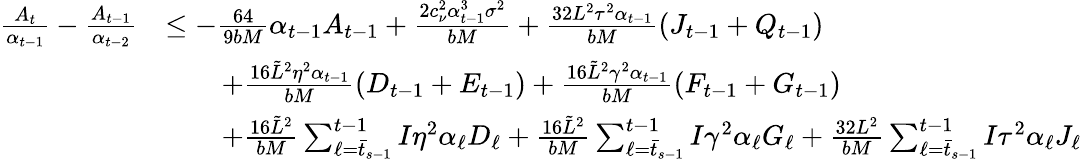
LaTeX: \begin{array}{rl}{\frac{A_{t}}{\alpha_{t-1}}-\frac{A_{t-1}}{\alpha_{t-2}}}&{\leq-\frac{64}{9bM}\alpha_{t-1}A_{t-1}+\frac{2c_{\nu}^{2}\alpha_{t-1}^{3}\sigma^{2}}{bM}+\frac{32L^{2}\tau^{2}\alpha_{t-1}}{bM}(J_{t-1}+Q_{t-1})}\\ &{\qquad+\frac{16\tilde{L}^{2}\eta^{2}\alpha_{t-1}}{bM}(D_{t-1}+E_{t-1})+\frac{16\tilde{L}^{2}\gamma^{2}\alpha_{t-1}}{bM}(F_{t-1}+G_{t-1})}\\ &{\qquad+\frac{16\tilde{L}^{2}}{bM}\sum_{\ell=\bar{t}_{s-1}}^{t-1}I\eta^{2}\alpha_{\ell}D_{\ell}+\frac{16\tilde{L}^{2}}{bM}\sum_{\ell=\bar{t}_{s-1}}^{t-1}I\gamma^{2}\alpha_{\ell}G_{\ell}+\frac{32L^{2}}{bM}\sum_{\ell=\bar{t}_{s-1}}^{t-1}I\tau^{2}\alpha_{\ell}J_{\ell}}\end{array}